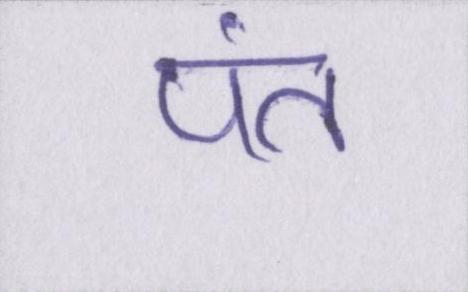
पंत